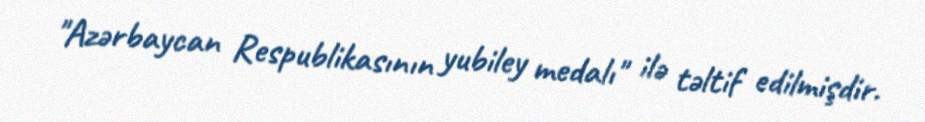
"Azərbaycan Respublikasının yubiley medalı" ilə təltif edilmişdir.